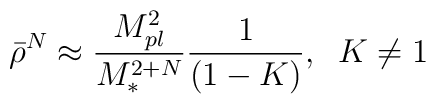
\bar{\rho}^{N} \approx \frac{M_{pl}^{2}}{M_{\ast}^{2+N}}\frac{1}{(1 -K)},\;\; K\neq 1